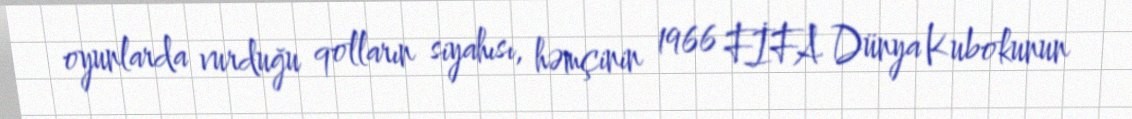
oyunlarda vurduğu qolların siyahısı, həmçinin 1966 FİFA Dünya Kubokunun